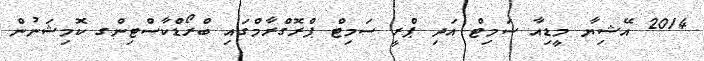
2014 އޭޝިޔާ މީޑިއާ ސަމިޓް އަދި ޕްރީ ސަމިޓް ޕްރޮގްރާމްގައި ބްރޯޑްކާސްޓިންގ ކޮމިޝަނުން